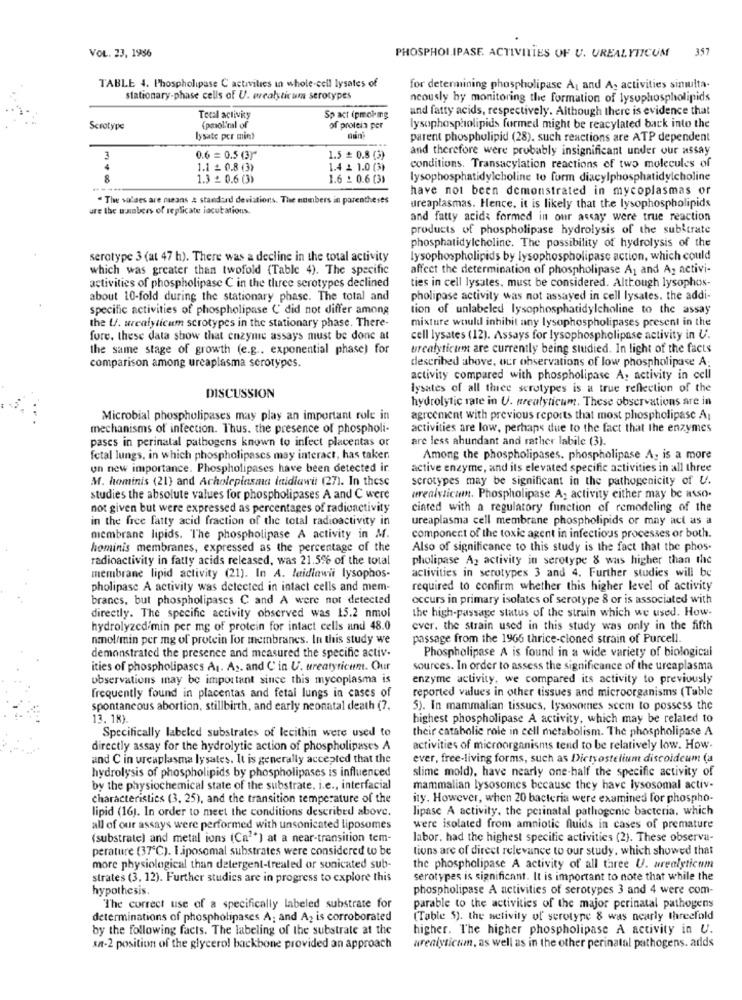
PHOSPHOI.IPASE. ACTIVITIES OF U. UREALYTICUM
357
VOL. 33, 1986
TABLE 4. Phospholipase C activities in whole-cell lysates of
for determining phospholipase AL and A. activities simulta-
stationary-phase cells of U. wrealyticum serotypes
ncously by monitoring the formation of lysuphospholipids
and fatty acids, respectively. Although there is evidence that
Total activity
Sp act (pmol mg
Scrotype
(pmol'ml of
of protein per
lysophospholipids formed might be reacylated back into the
lysate per min?
parent phospholipid (28). such reactions are ATP dependent
and therefore were probably insignificant under our assay
3
0.6 = 0.5 (3)"
1.5 # 0.8 (3)
4
1.1 £ 0.8 (3)
1.4 2 1.0 (3)
conditions. Transacylation reactions of two molecules of
8
1.3 £ 0.6 (3)
1.6 2 0.6 (3)
lysophosphatidylcholine to form diacylphosphatidylcholine
have not been demonstrated in mycoplasmas or
" The values are means & standard deviations. The numbers in parentheses
are the numbers of replicate iacutations.
ureaplasmas. Hence. it is likely that the lysophospholipids
and fatty acids formed in our assay were true reaction
products of phospholipase hydrolysis of the substrate
phosphatidylcholine. The possibility of hydrolysis of the
serotype 3 (at 47 h). There was a decline in the total activity
lysophospholipids by lysophospholipasc action, which could
which was greater than twofold (Table 4). The specific
affect the determination of phospholipase A1 and A, activi-
ties in cell lysates, must be considered. Although lysophos-
activities of phospholipase C in the three serotypes declined
about 10-fold during the stationary phase. The total and
pholipase activity was not assayed in cell lysates, the addi-
specific activities of phospholipase ( did not differ among
tion of unlabeled lysophosphatidylcholine to the assay
the U. urealyticum scrotypes in the stationary phase. There-
mixture would inhibit any lysophospholipases present in the
fore. these data show that enzyme assays must be done at
cell lysates (12). Assays for lysophospholipase activity in U.
the same stage of growth (e.g .. exponential phase) for
urealyticum are currently being studied. In light of the facts
described above, our observations of low phospholipase A:
comparison among ureaplasma serotypes.
activity compared with phospholipase A, activity in cell
lysates of all three serotypes is a true reflection of the
DISCUSSION
hydrolytic rate in U. urealyticum. These observations are in
Microbial phospholipases may play an important role in
agreement with previous reports that most phospholipase A;
mechanisms of infection. Thus, the presence of phospholi-
activities are low, perhaps due to the fact that the enzymes
pases in perinatal pathogens known to infect placentas or
are less abundant and rather labile (3).
fetal lungs, in which phospholipases may interact, has taken
Among the phospholipases. phospholipase A, is a more
un new importance. Phospholipases have been detected ir
active enzyme, and its elevated specific activities in all three
M. hominis (21) and Acholeplasma inidiawii (27). In these
scrotypes may be significant in the pathogenicity of U.
studies the absolute values for phospholipases A and C were
wrealylicum. Phospholipase A, activity either may be asso.
not given but were expressed as percentages of radioactivity
cinted with a regulatory function of remodeling of the
in the free fatty acid fraction of the total radioactivity in
ureaplasma cell membrane phospholipids or may act as a
membrane lipids. The phospholipase A activity in M.
component of the toxic agent in infectious processes or both.
hominis membranes, expressed as the percentage of the
Also of significance to this study is the fact that the phos-
radioactivity in fatty acids released, was 21.5% of the total
pholipase A2 activity in serotype 8 was higher than the
activities in serotypes 3 and 4. Further studies will be
membrane lipid activity (21). In A. laidlawit lysophos-
pholipase A activity was detected in intact cells and mem-
required to confirm whether this higher level of activity
brancs, but phospholipases C and A were not detected
occurs in primary isolates of serotype 8 or is associated with
the high-passage status of the strain which we used. How-
directly. The specific activity observed was 15.2 nmol
hydrolyzed/min per mg of protein for intact cells and 48.0
ever. the strain used in this study was only in the fifth
nmol/min per mg of protein for membranes. In this study we
passage from the 1966 thrice-cloned strain of Purcell.
demonstrated the presence and measured the specific activ-
Phospholipase A is found in a wide variety of biological
ities of phospholipascs AI. A .. and C'in U. ureatyricum. Our
sources. In order to assess the significance of the ureaplasma
observations may be important since this mycoplasma is
enzyme activity, we compared its activity to previously
reported values in other tissues and microorganisms (Table
frequently found in placentas and fetal lungs in cases of
spontaneous abortion, stillbirth, and early neonatal death (7.
5). In mammalian tissues, lysosomes scem to possess the
13.18)
highest phospholipase A activity, which may be related to
their catabolie role in cell metabolism. The phospholipase A
Specifically labeled substrates of lecithin were used to
directly assay for the hydrolytic action of phospholipases A
activities of microorganisms tend to be relatively low. How-
and C in ureaplasma lysates. It is generally accepted that the
ever, free-living forms, such as Dietyostelium discoideum (a
hydrolysis of phospholipids by phospholipases is influenced
slime mold), have nearly one-half the specific activity of
by the physiochemical state of the substrate. i.e ., interfacial
mammalian lysosomes because they have lysosomal activ-
characteristics (3, 25), and the transition temperature of the
ity. However, when 20 bacteria were examined for phospho-
lipid (16). In order to meet the conditions described above.
lipase A activity, the perinatal pathogenic bacteria, which
all of our assays were performed with unsonicated liposomes
were isolated from amniotic fluids in cases of premature
(substrate) and metal ions (Ca"") at a near-transition tem-
labor, had the highest specific activities (2). These observa-
perature (37℃). I.iposomal substrates were considered to be
tions are of direct relevance to our study, which showed that
more physiological than detergent-treated or sonicated sub-
the phospholipase A activity of all three U. arealyticum
strates (3, 12). Further studies are in progress to explore this
serotypes is significant. It is important to note that while the
hypothesis.
phospholipase A activities of serotypes 3 and 4 were com-
"The correct use of a specifically labeled substrate for
parable to the activities of the major perinatal pathogens
determinations of phospholipases A; and A, is corroborated
(Table 5). the activity of serotype 8 was nearly threefold
by the following facts. The labeling of the substrate at the
higher. The higher phospholipase A activity in U.
sa-2 position of the glycerol backbone provided an approach
wrealyticum, as well as in the other perinatal pathogens. adds